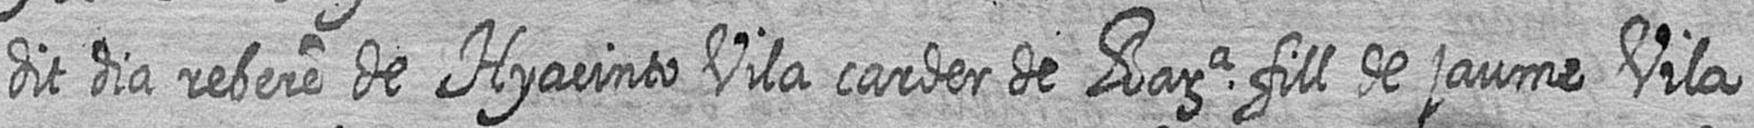
dit dia rebere de Hyacinto Vila carder de Bara fill de jaume Vila